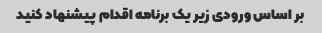
بر اساس ورودی زیر یک برنامه اقدام پیشنهاد کنید